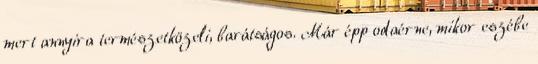
mert annyira természetközeli, barátságos. Már épp odaérne, mikor eszébe